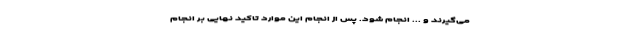
می‌گیرند و ... انجام شود. پس از انجام این موارد تاکید نهایی بر انجام